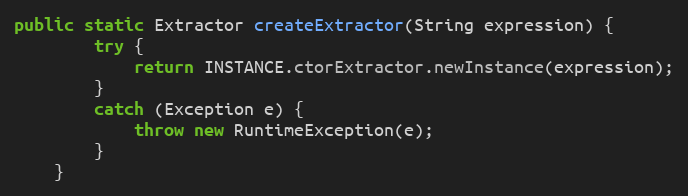
Language: Java
public static Extractor createExtractor(String expression) {
        try {
            return INSTANCE.ctorExtractor.newInstance(expression);
        }
        catch (Exception e) {
            throw new RuntimeException(e);
        }
    }